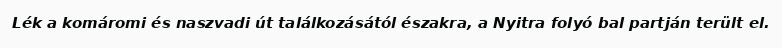
Lék a komáromi és naszvadi út találkozásától északra, a Nyitra folyó bal partján terült el.